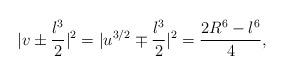
LaTeX: \begin{align*}|v\pm \frac{\l^{3}}{2}|^{2}=|u^{3/2}\mp \frac{\l^{3}}{2}|^{2}=\frac{2R^{6}-\l^{6}}{4},\end{align*}